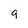
Character: 9